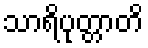
သာရိပုတ္တာတိ